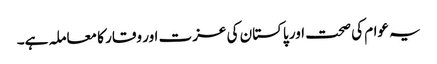
یہ عوام کی صحت اور پاکستان کی عزت اور وقار کا معاملہ ہے۔